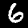
Label: 6